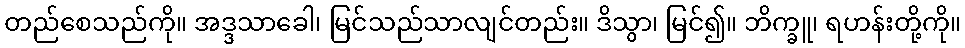
တည်စေသည်ကို။ အဒ္ဒသာခေါ၊ မြင်သည်သာလျင်တည်း။ ဒိသွာ၊ မြင်၍။ ဘိက္ခူ၊ ရဟန်းတို့ကို။